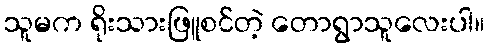
သူမက ရိုးသားဖြူစင်တဲ့ တောရွာသူလေးပါ။